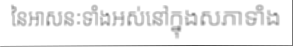
នៃអាសនៈទាំងអស់នៅក្នុងសភាទាំង